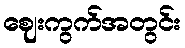
ဈေးကွက်အတွင်း